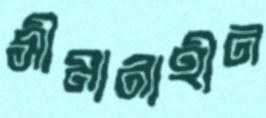
সীমানাহীন